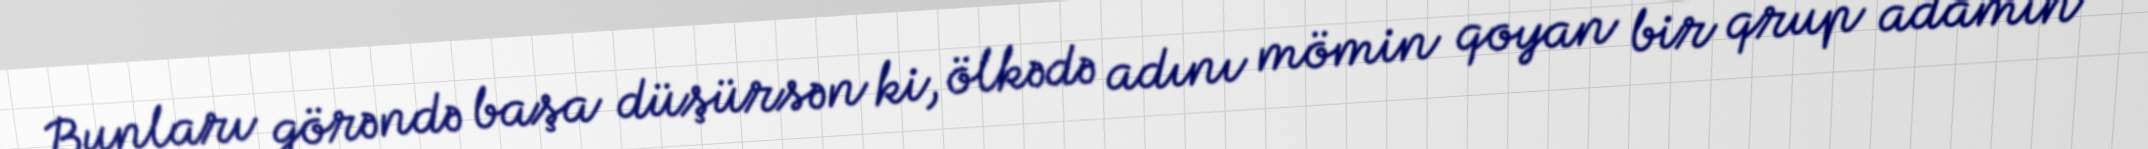
Bunları görəndə başa düşürsən ki, ölkədə adını mömin qoyan bir qrup adamın